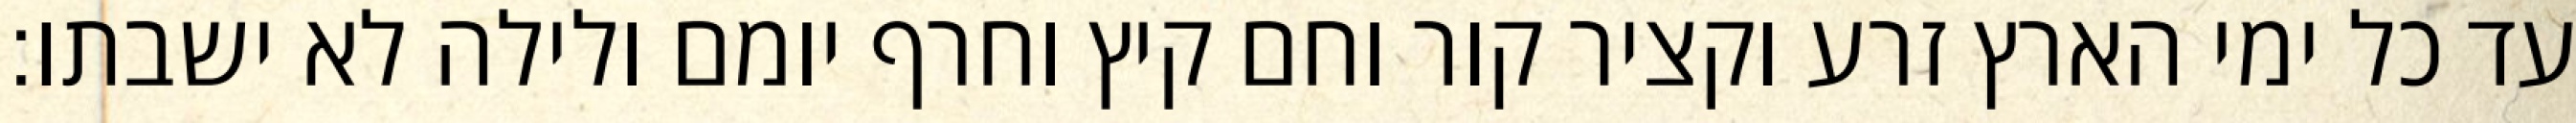
עד כל ימי הארץ זרע וקציר קור וחם קיץ וחרף יומם ולילה לא ישבתו׃